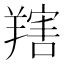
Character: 𦎱